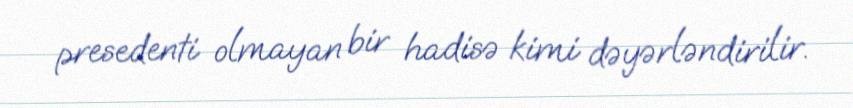
presedenti olmayan bir hadisə kimi dəyərləndirilir.